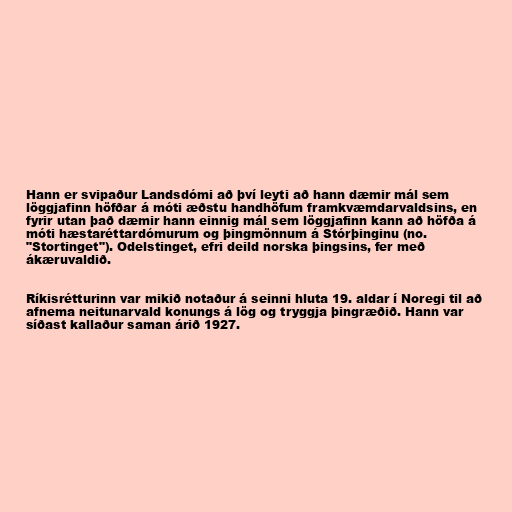
Hann er svipaður Landsdómi að því leyti að hann dæmir mál sem
löggjafinn höfðar á móti æðstu handhöfum framkvæmdarvaldsins, en
fyrir utan það dæmir hann einnig mál sem löggjafinn kann að höfða á
móti hæstaréttardómurum og þingmönnum á Stórþinginu (no.
"Stortinget"). Odelstinget, efri deild norska þingsins, fer með
ákæruvaldið.

Ríkisrétturinn var mikið notaður á seinni hluta 19. aldar í Noregi til að
afnema neitunarvald konungs á lög og tryggja þingræðið. Hann var
síðast kallaður saman árið 1927.